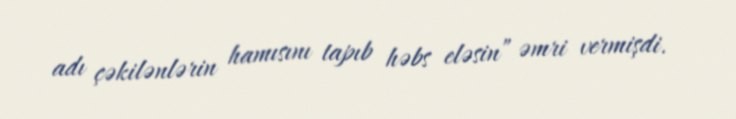
adı çəkilənlərin hamısını tapıb həbs eləsin” əmri vermişdi.